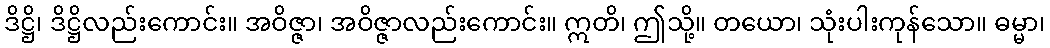
ဒိဋ္ဌိ၊ ဒိဋ္ဌိလည်းကောင်း။ အဝိဇ္ဇာ၊ အဝိဇ္ဇာလည်းကောင်း။ ဣတိ၊ ဤသို့။ တယော၊ သုံးပါးကုန်သော။ ဓမ္မာ၊